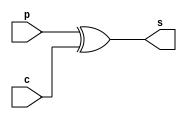
//Generates the sum in a 4-bit CLA once the carries are simultaneously generated using the carry module.
module sum(s,p,c);
	output [3:0] s;
	input [3:0]  p,c;
	assign s = p^c;
endmodule